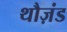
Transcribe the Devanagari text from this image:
थौज़ंड